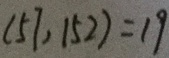
( 1 5 7 , 1 5 2 ) = 1 9